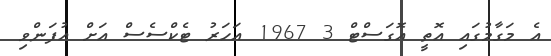
އެ މަގާމުގައި އޮތީ އޮގަސްޓް 3 1967 އަހަރު ޓެކްސެސް އަށް އުފަންވި